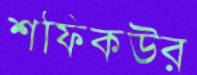
শফিকউর